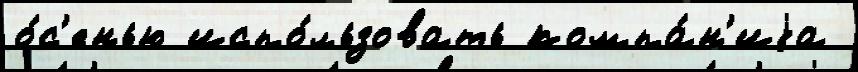
о́с'енью испо́льзовать компа́н'иjа